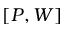
[ P , W ]